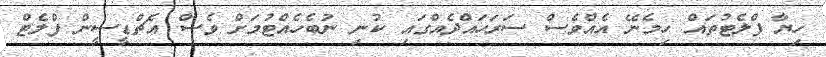
ހިޔާ ފްލެޓުތައް ހިމެނޭ އެއްވެސް ސަރަހައްދެއްގައި ކުނި ނުބެހެއްޓުމަށް ވެސް އެޗްޑީސީން ފްލެޓް